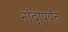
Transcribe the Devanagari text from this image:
नोंदीपर्यंत